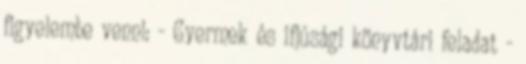
figyelembe venni: - Gyermek és ifjúsági könyvtári feladat -